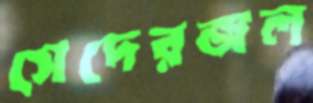
সেদেরজল